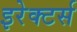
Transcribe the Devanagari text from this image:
इरेक्टर्स